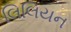
લિલિયન